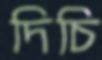
দিচি